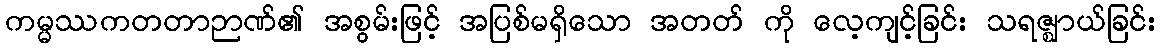
ကမ္မဿကတတာဉာဏ်၏ အစွမ်းဖြင့် အပြစ်မရှိသော အတတ် ကို လေ့ကျင့်ခြင်း သရဇ္ဈာယ်ခြင်း